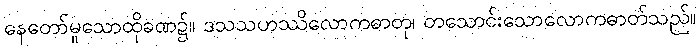
နေတော်မူသောထိုခဏ၌။ ဒသသဟဿိလောကဓာတု၊ တသောင်းသောလောကဓာတ်သည်။